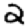
Digit: 2